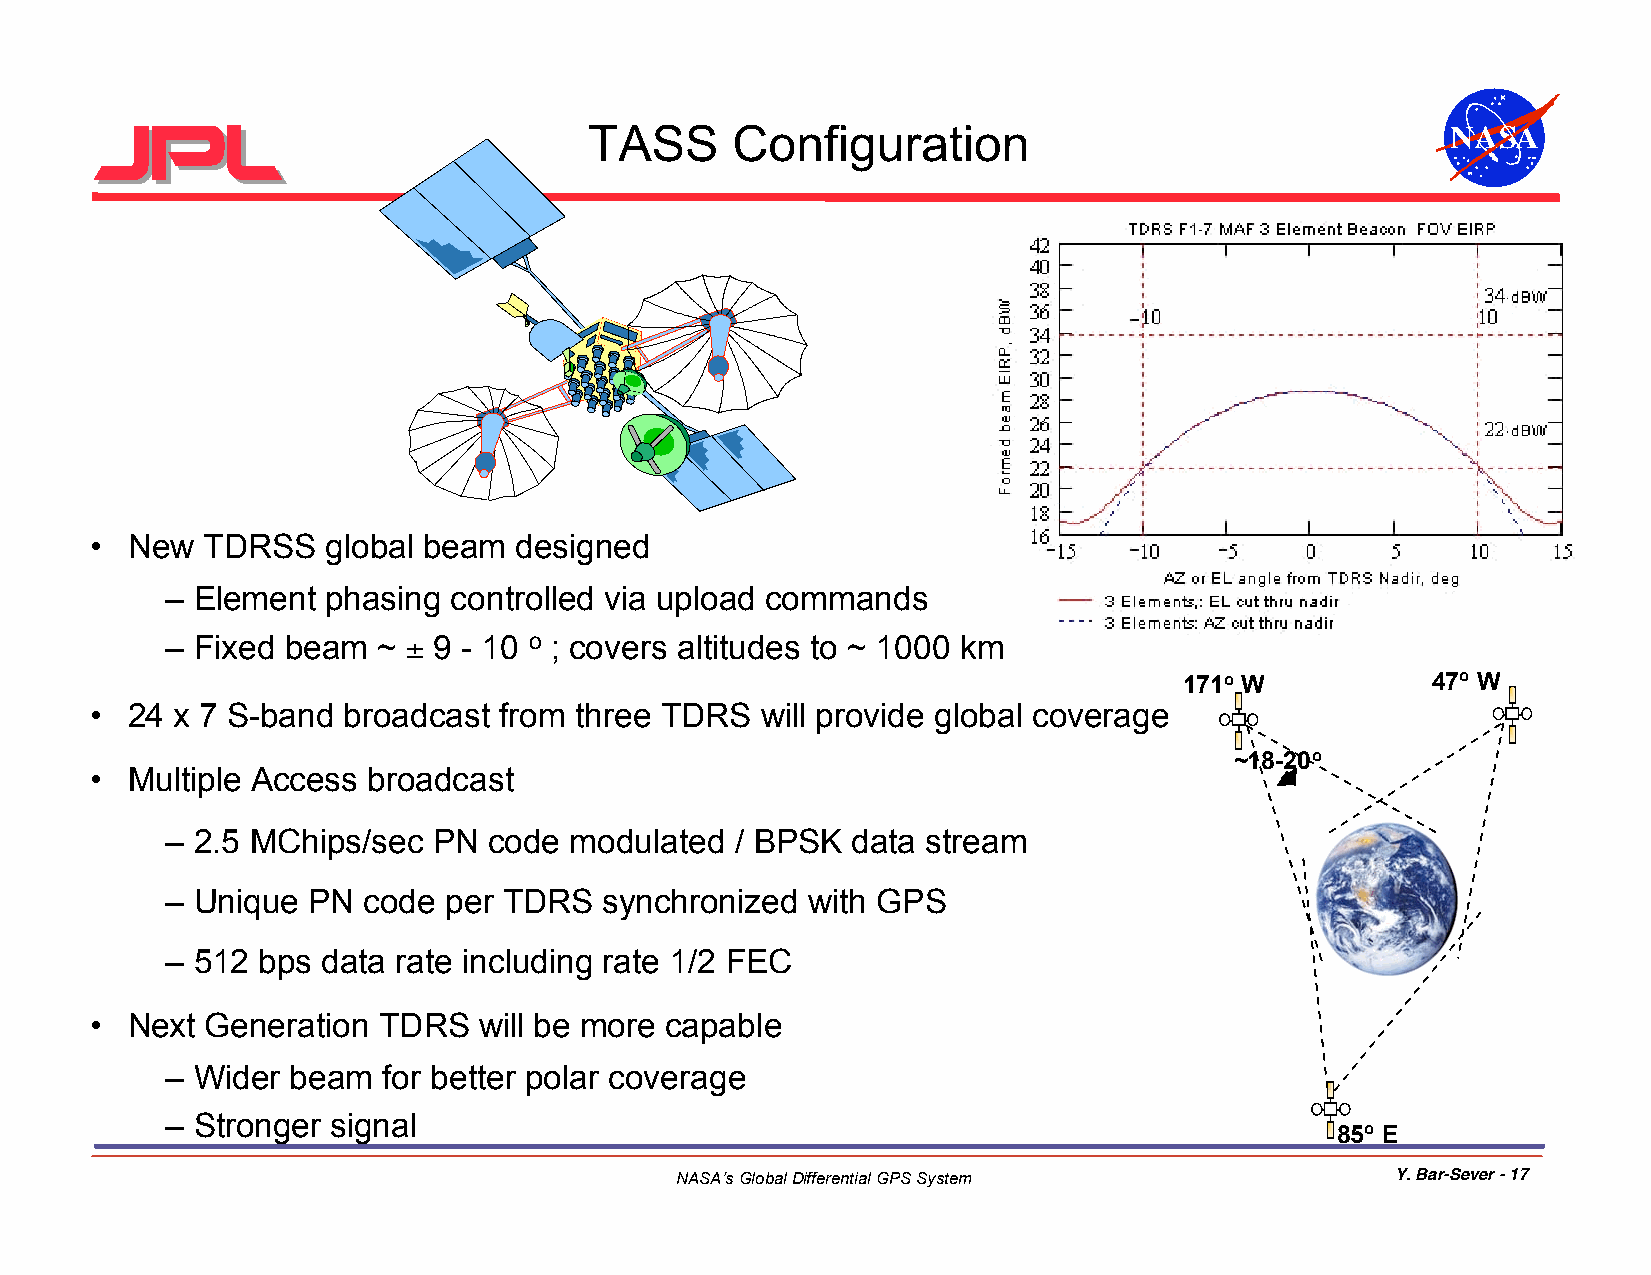
TASS     Configuration                                   NASA
 • New  TDRSS    global beam designed
 – Element  phasing controlled via upload commands
 – Fixed beam  ~ ± 9 - 10 o ; covers altitudes to ~ 1000 km
 171o W           47o W
 • 24  x 7 S-band broadcast from three TDRS  will provide global coverage
 ~18-20o
 • Multiple Access broadcast
 – 2.5 MChips/sec  PN code  modulated  / BPSK data stream
 – Unique PN  code per TDRS   synchronized with GPS
 – 512 bps data rate including rate 1/2 FEC
 • Next  Generation TDRS   will be more capable
 – Wider beam  for better polar coverage
 – Stronger signal
 85o E
 NASA’s Global Differential GPS System          Y. Bar-Sever - 17